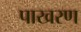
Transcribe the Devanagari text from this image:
पाखरण